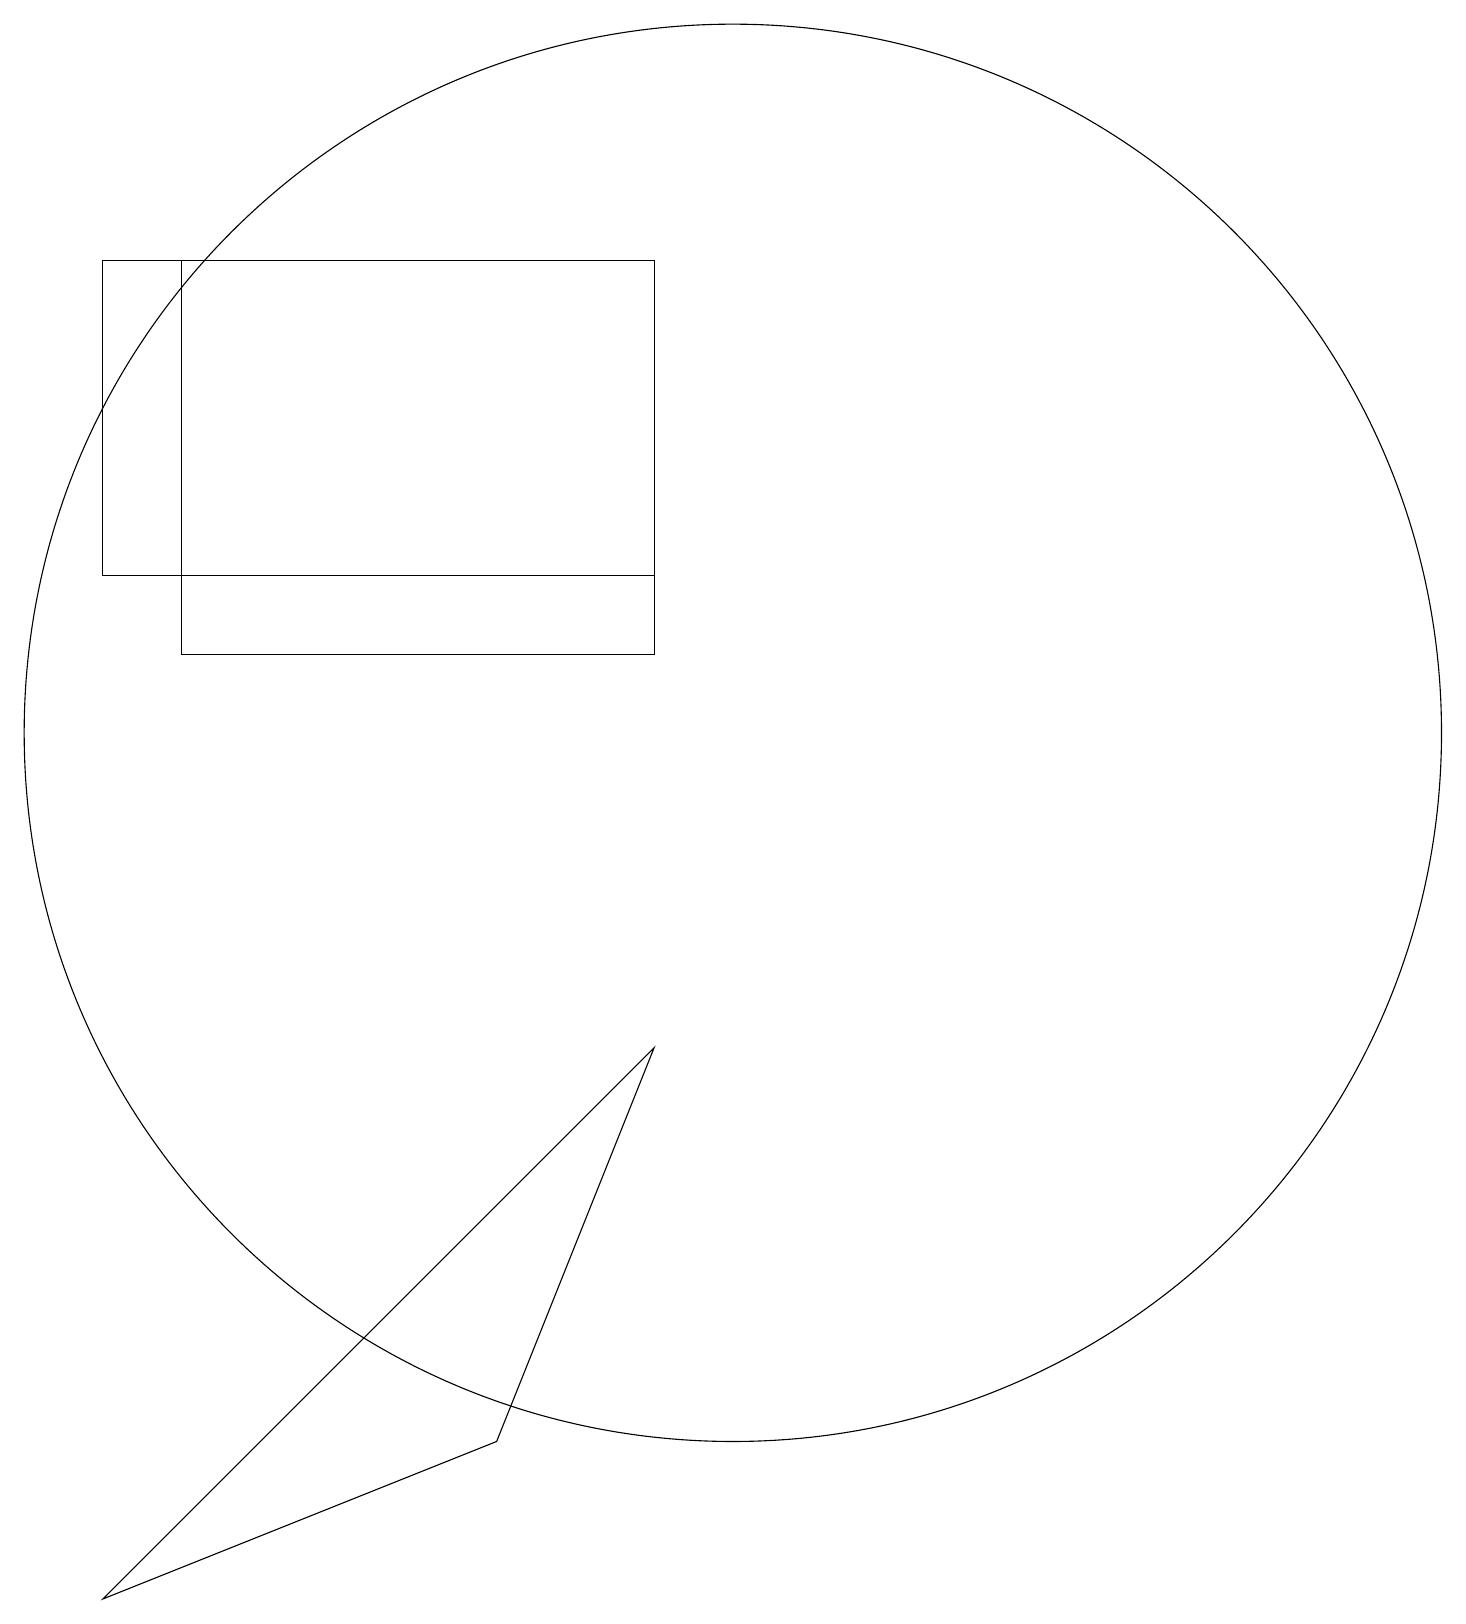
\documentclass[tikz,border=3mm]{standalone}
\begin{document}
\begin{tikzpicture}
\draw (10,11) circle (9);
\draw (2,13) rectangle (9,17);
\draw (9,12) rectangle (3,17);
\draw (9,7) -- (7,2) -- (2,0) -- cycle;
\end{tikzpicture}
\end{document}